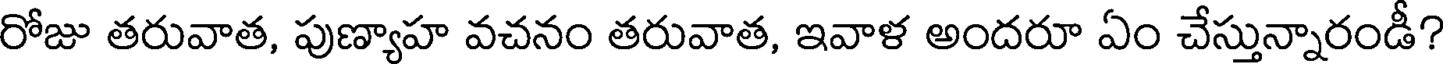
రోజు తరువాత, పుణ్యాహ వచనం తరువాత, ఇవాళ అందరూ ఏం చేస్తున్నారండీ?